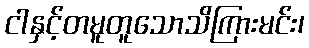
ငါနှင့်တမူတူသောသိကြားမင်း၊